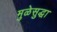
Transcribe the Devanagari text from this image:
मुळेसुद्धा